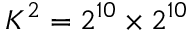
K ^ { 2 } = 2 ^ { 1 0 } \times 2 ^ { 1 0 }